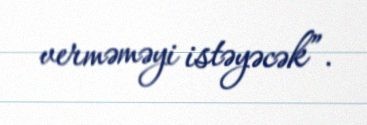
verməməyi istəyəcək”.